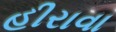
હીરાવા